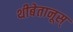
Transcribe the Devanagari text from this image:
थीबेतानूस्